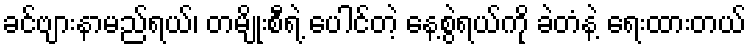
ခင်ဗျားနာမည်ရယ်၊ တမျိုးစီရဲ့ ပေါင်တဲ့ နေ့စွဲရယ်ကို ခဲတံနဲ့ ရေးထားတယ်